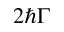
2 \hbar \Gamma